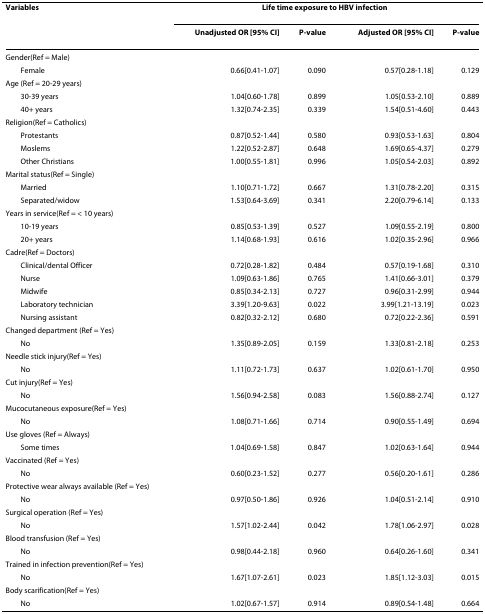
<table><thead><tr><td><b>Variables</b></td><td colspan="4"><b>Life time exposure to HBV infection</b></td></tr><tr><td></td><td><b>Unadjusted OR [95% CI]</b></td><td><b>P-value</b></td><td><b>Adjusted OR [95% CI]</b></td><td><b>P-value</b></td></tr></thead><tbody><tr><td>Gender(Ref = Male)</td><td></td><td></td><td></td><td></td></tr><tr><td> Female</td><td>0.66[0.41-1.07]</td><td>0.090</td><td>0.57[0.28-1.18]</td><td>0.129</td></tr><tr><td>Age (Ref = 20-29 years)</td><td></td><td></td><td></td><td></td></tr><tr><td> 30-39 years</td><td>1.04[0.60-1.78]</td><td>0.899</td><td>1.05[0.53-2.10]</td><td>0.889</td></tr><tr><td> 40+ years</td><td>1.32[0.74-2.35]</td><td>0.339</td><td>1.54[0.51-4.60]</td><td>0.443</td></tr><tr><td>Religion(Ref = Catholics)</td><td></td><td></td><td></td><td></td></tr><tr><td> Protestants</td><td>0.87[0.52-1.44]</td><td>0.580</td><td>0.93[0.53-1.63]</td><td>0.804</td></tr><tr><td> Moslems</td><td>1.22[0.52-2.87]</td><td>0.648</td><td>1.69[0.65-4.37]</td><td>0.279</td></tr><tr><td> Other Christians</td><td>1.00[0.55-1.81]</td><td>0.996</td><td>1.05[0.54-2.03]</td><td>0.892</td></tr><tr><td>Marital status(Ref = Single)</td><td></td><td></td><td></td><td></td></tr><tr><td> Married</td><td>1.10[0.71-1.72]</td><td>0.667</td><td>1.31[0.78-2.20]</td><td>0.315</td></tr><tr><td> Separated/widow</td><td>1.53[0.64-3.69]</td><td>0.341</td><td>2.20[0.79-6.14]</td><td>0.133</td></tr><tr><td>Years in service(Ref = &lt; 10 years)</td><td></td><td></td><td></td><td></td></tr><tr><td> 10-19 years</td><td>0.85[0.53-1.39]</td><td>0.527</td><td>1.09[0.55-2.19]</td><td>0.800</td></tr><tr><td> 20+ years</td><td>1.14[0.68-1.93]</td><td>0.616</td><td>1.02[0.35-2.96]</td><td>0.966</td></tr><tr><td>Cadre(Ref = Doctors)</td><td></td><td></td><td></td><td></td></tr><tr><td> Clinical/dental Officer</td><td>0.72[0.28-1.82]</td><td>0.484</td><td>0.57[0.19-1.68]</td><td>0.310</td></tr><tr><td> Nurse</td><td>1.09[0.63-1.86]</td><td>0.765</td><td>1.41[0.66-3.01]</td><td>0.379</td></tr><tr><td> Midwife</td><td>0.85[0.34-2.13]</td><td>0.727</td><td>0.96[0.31-2.99]</td><td>0.944</td></tr><tr><td> Laboratory technician</td><td>3.39[1.20-9.63]</td><td>0.022</td><td>3.99[1.21-13.19]</td><td>0.023</td></tr><tr><td> Nursing assistant</td><td>0.82[0.32-2.12]</td><td>0.680</td><td>0.72[0.22-2.36]</td><td>0.591</td></tr><tr><td>Changed department (Ref = Yes)</td><td></td><td></td><td></td><td></td></tr><tr><td> No</td><td>1.35[0.89-2.05]</td><td>0.159</td><td>1.33[0.81-2.18]</td><td>0.253</td></tr><tr><td>Needle stick injury(Ref = Yes)</td><td></td><td></td><td></td><td></td></tr><tr><td> No</td><td>1.11[0.72-1.73]</td><td>0.637</td><td>1.02[0.61-1.70]</td><td>0.950</td></tr><tr><td>Cut injury(Ref = Yes)</td><td></td><td></td><td></td><td></td></tr><tr><td> No</td><td>1.56[0.94-2.58]</td><td>0.083</td><td>1.56[0.88-2.74]</td><td>0.127</td></tr><tr><td>Mucocutaneous exposure(Ref = Yes)</td><td></td><td></td><td></td><td></td></tr><tr><td> No</td><td>1.08[0.71-1.66]</td><td>0.714</td><td>0.90[0.55-1.49]</td><td>0.694</td></tr><tr><td>Use gloves (Ref = Always)</td><td></td><td></td><td></td><td></td></tr><tr><td> Some times</td><td>1.04[0.69-1.58]</td><td>0.847</td><td>1.02[0.63-1.64]</td><td>0.944</td></tr><tr><td>Vaccinated (Ref = Yes)</td><td></td><td></td><td></td><td></td></tr><tr><td> No</td><td>0.60[0.23-1.52]</td><td>0.277</td><td>0.56[0.20-1.61]</td><td>0.286</td></tr><tr><td>Protective wear always available (Ref = Yes)</td><td></td><td></td><td></td><td></td></tr><tr><td> No</td><td>0.97[0.50-1.86]</td><td>0.926</td><td>1.04[0.51-2.14]</td><td>0.910</td></tr><tr><td>Surgical operation (Ref = Yes)</td><td></td><td></td><td></td><td></td></tr><tr><td> No</td><td>1.57[1.02-2.44]</td><td>0.042</td><td>1.78[1.06-2.97]</td><td>0.028</td></tr><tr><td>Blood transfusion (Ref = Yes)</td><td></td><td></td><td></td><td></td></tr><tr><td> No</td><td>0.98[0.44-2.18]</td><td>0.960</td><td>0.64[0.26-1.60]</td><td>0.341</td></tr><tr><td>Trained in infection prevention(Ref = Yes)</td><td></td><td></td><td></td><td></td></tr><tr><td> No</td><td>1.67[1.07-2.61]</td><td>0.023</td><td>1.85[1.12-3.03]</td><td>0.015</td></tr><tr><td>Body scarification(Ref = Yes)</td><td></td><td></td><td></td><td></td></tr><tr><td> No</td><td>1.02[0.67-1.57]</td><td>0.914</td><td>0.89[0.54-1.48]</td><td>0.664</td></tr></tbody></table>